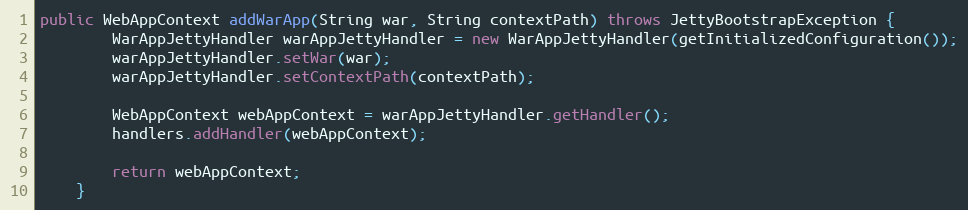
Language: Java
public WebAppContext addWarApp(String war, String contextPath) throws JettyBootstrapException {
        WarAppJettyHandler warAppJettyHandler = new WarAppJettyHandler(getInitializedConfiguration());
        warAppJettyHandler.setWar(war);
        warAppJettyHandler.setContextPath(contextPath);

        WebAppContext webAppContext = warAppJettyHandler.getHandler();
        handlers.addHandler(webAppContext);

        return webAppContext;
    }